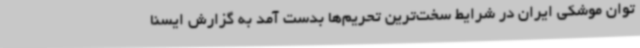
توان موشکی ایران در شرایط سخت‌ترین تحریم‌ها بدست آمد به گزارش ایسنا